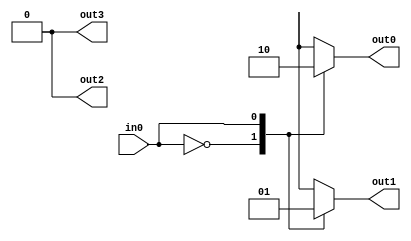
`timescale 1ns / 1ps
//////////////////////////////////////////////////////////////////////////////////
// Company: 
// Engineer: 
// 
// Design Name: 
// Module Name: DCD4
// Project Name: 
// Target Devices: 
// Tool Versions: 
// Description: 
// 
// Dependencies: 
// 
// Revision:
// Revision 0.01 - File Created
// Additional Comments:
// 
//////////////////////////////////////////////////////////////////////////////////


module DCD4(

    input in0,
    output reg out0,
    output reg out1,
    output reg out2,
    output reg out3

    );
    
    
    always @(*)
    begin
        case(in0)
            0:
            begin
                out0 = 1;
                out1 = 0;
                out2 = 0;
                out3 = 0;
            end
            
            1:
            begin
                out0 = 0;
                out1 = 1;
                out2 = 0;
                out3 = 0;
            end
            
            2:
            begin
                out0 = 0;
                out1 = 0;
                out2 = 1;
                out3 = 0;
            end
            
            3:
            begin
                out0 = 0;
                out1 = 0;
                out2 = 0;
                out3 = 1;
            end
            
        default:
        begin
            out0 = 0;
            out1 = 0;
            out2 = 0;
            out3 = 0;
        end
        
     endcase
    end
    
endmodule